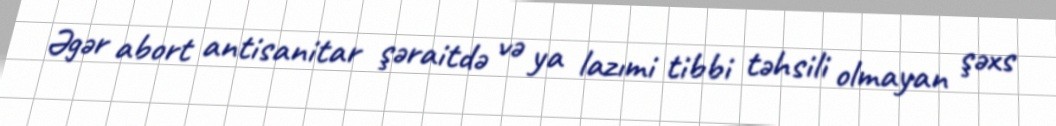
Əgər abort antisanitar şəraitdə və ya lazımi tibbi təhsili olmayan şəxs